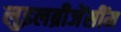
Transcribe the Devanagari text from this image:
लुइलब्रीजेंसींम